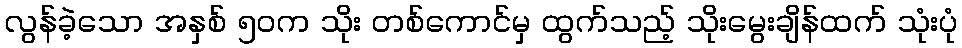
လွန်ခဲ့သော အနှစ် ၅၀က သိုး တစ်ကောင်မှ ထွက်သည့် သိုးမွေးချိန်ထက် သုံးပုံ